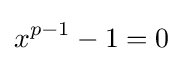
x^{p-1}-1=0